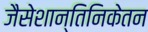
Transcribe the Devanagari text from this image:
जैसेशान्तिनिकेतन